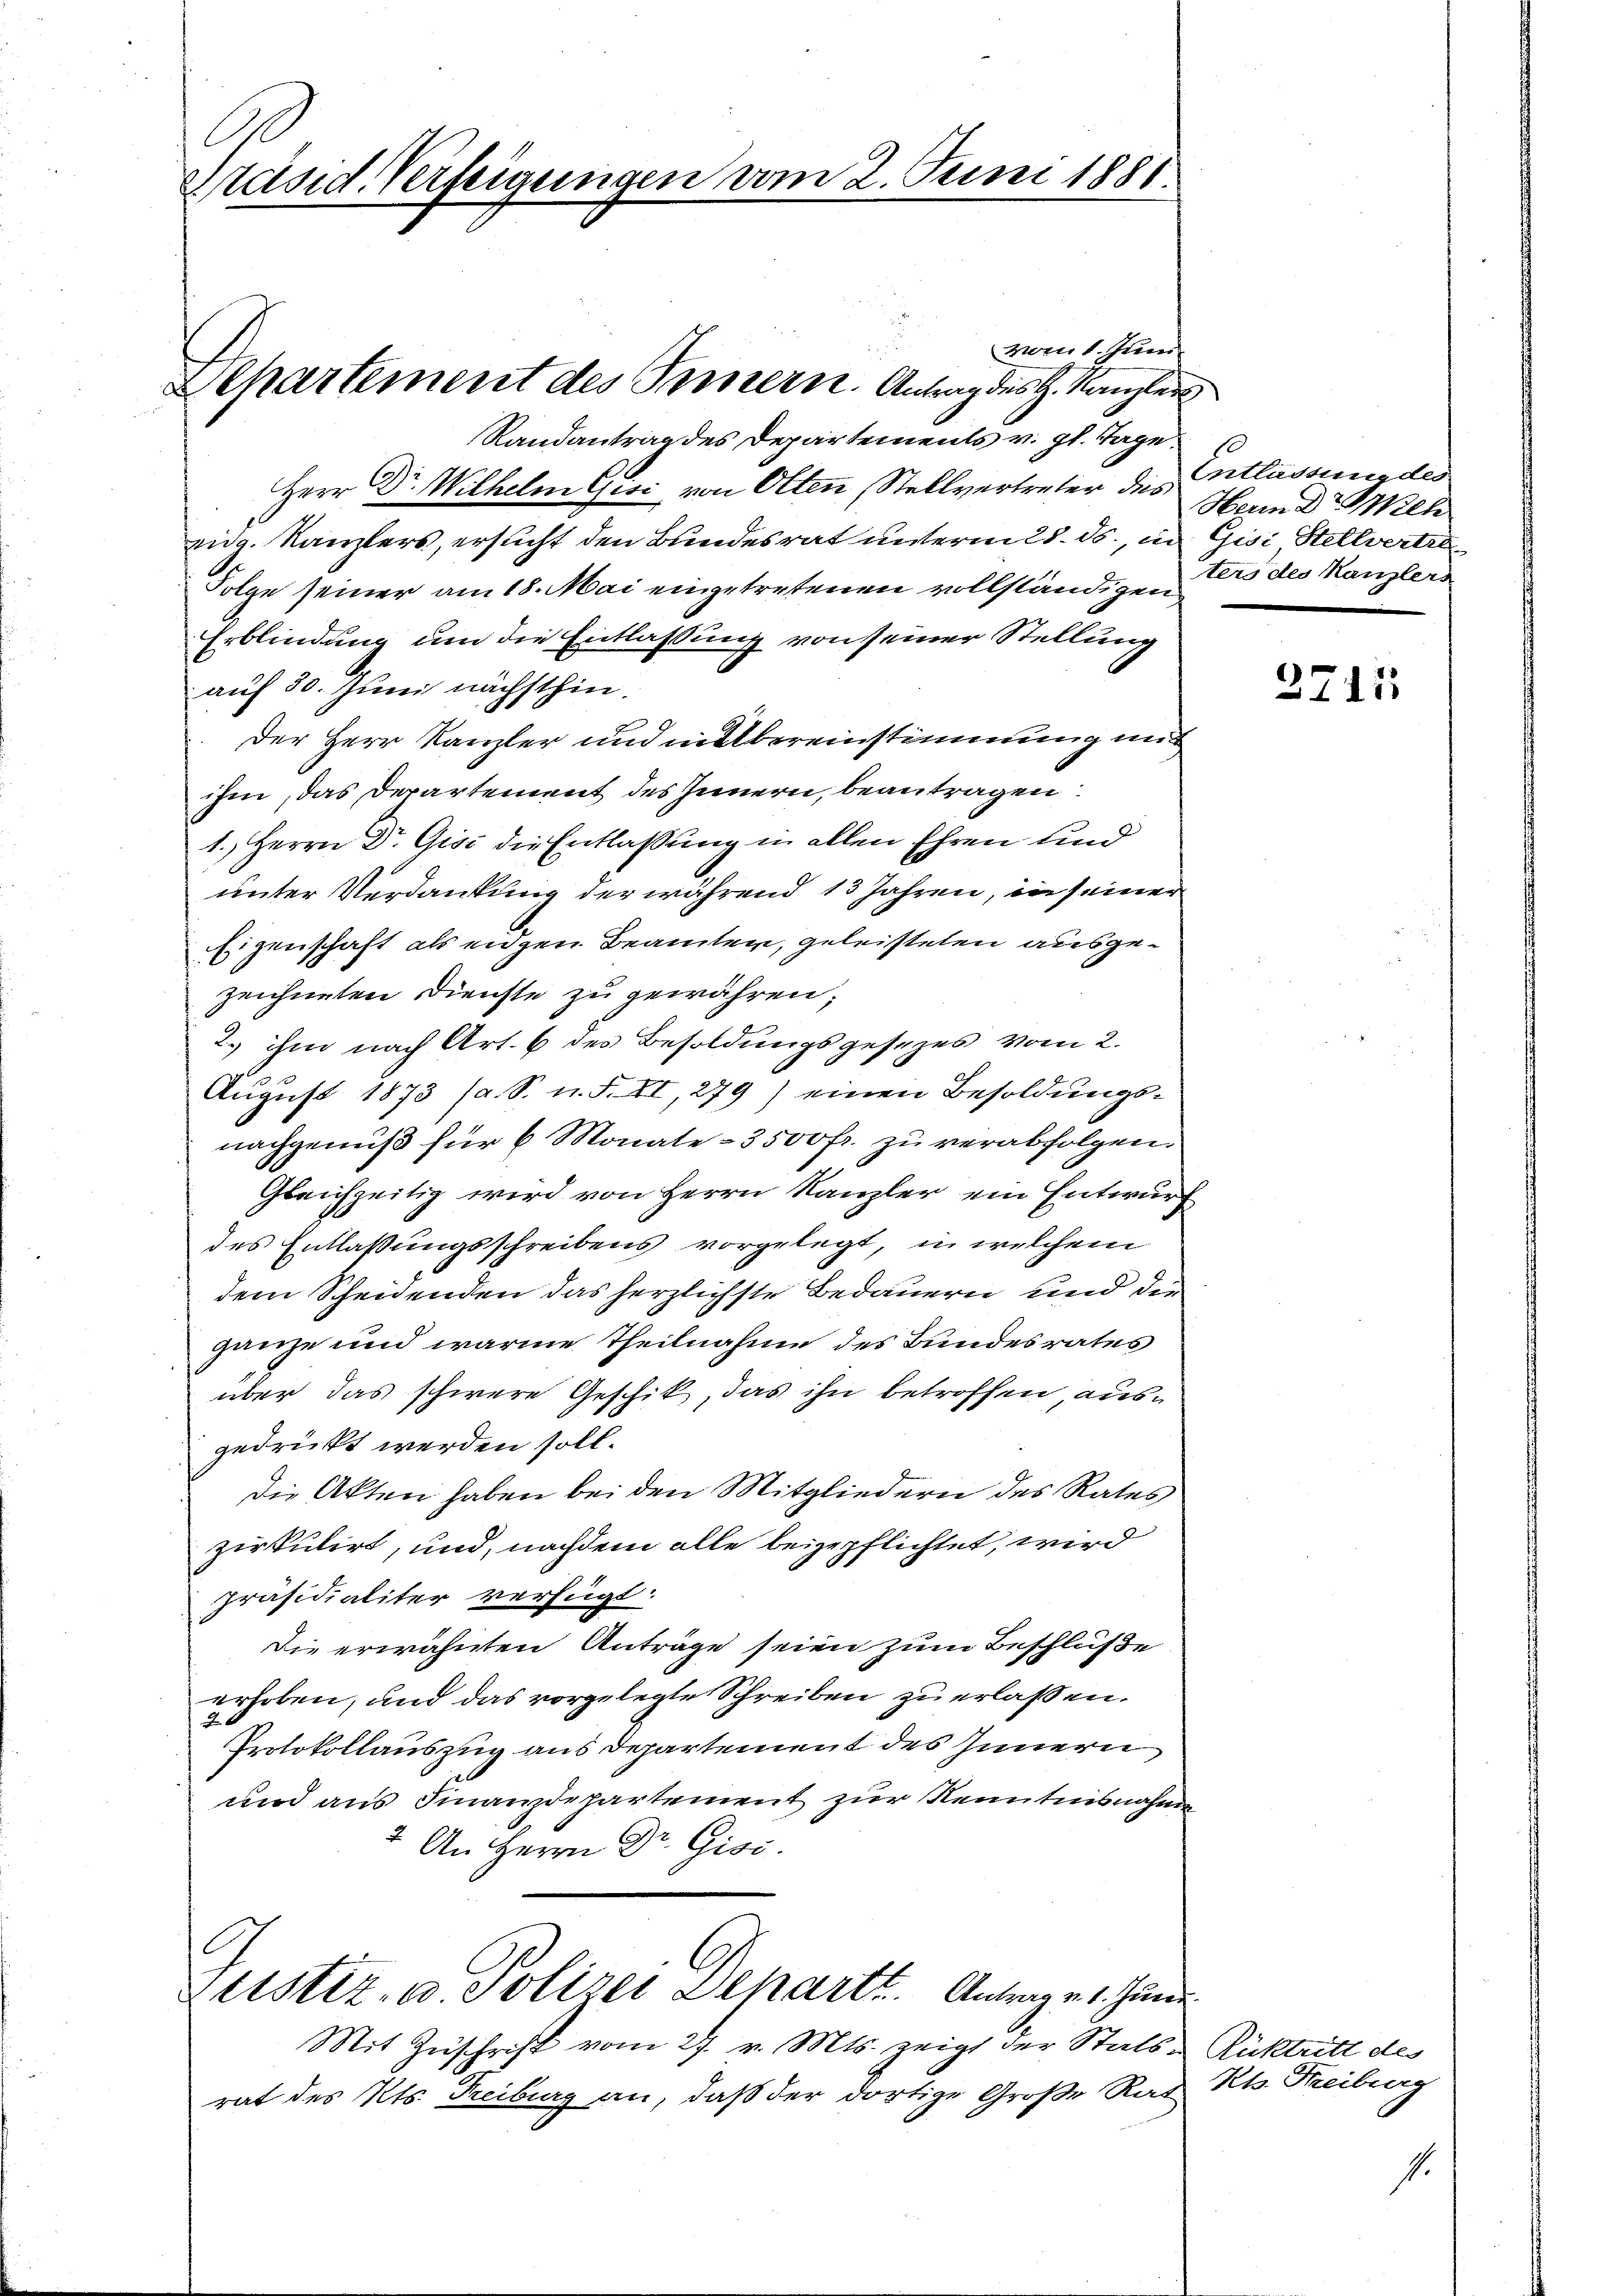
Präsid. Verfeigungen vom 2. Juni 1881.

vom 1. Juni
Randantrag des Departements v. gl. Tage.
Herr Dr. Wilhelm Gisi, von Olten Stellvertreter des Entlasseneder
eng. Kanzlers, ersucht den Bundesrat unterm 28. ds., in Gisi Stellvertre
Folge seiner am 18. Mai eingetretenen vollständigen
Erblindung um die Entlassung von seiner Stellung
auf 30. Juni nächsthin.
der Herr Kanzler und nebereinstimmung und
ihm, das Departement des Innern, beantragen:
1. Herrn Dr. Gisi die Entlassung in allen Ehren sind
unter Verdankung der während 13 Jahren, in seiner
Eigenschaft als eidgen Beamten, geleisteten ausgezeichneten Dienste zu gewähren;
2. ihm nach Art. 6 des Besoldungsgesezes vom 2.
August 1873 (a. S. n. F. II, 279) einen Besoldungs-
nachgenuß für 6 Monate - 3500 fr. zu verabfolgen.
Gleichzeitig wird von Herrn Kanzler ein Entwurf
des Entlaßungsschreibens vorgelegt, in welchem
dem Scheidenden das herzlichste Bedauern und die
ganze und warme Theilnahme des Bundesrates
über das schwere Geschik, das ihn betroffen, ausgedrückt werden soll.
die Akten haben bei den Mitgliedern des Rates
zirkulirt, und, nachdem alle beigepflichtet, wird
präsidialiter verfügt:
Die erwähnten Anträge seien zum Beschlüße
erhoben, und das vorgelegte Schreiben zu erlassen.
40
Protokollauszug aus Departement des Innern
und aus Finanzdepartement zur Kenntnisnahme
2 An Herrn Dr. Gisi

Separtement des Seitern. Antrag des H. Kanzler

Mit Zuschrift vom 27. v. Mts. zeigt der Statt-Rücktritt des
rat des Kts. Freiburg an, daß der dortige Große Rad Rt. Freiburg

Leistiz- u. Polizei Departt. Antrage 1. Juni

Hern Dr. Wilhe
ters des Kanzlers

2717